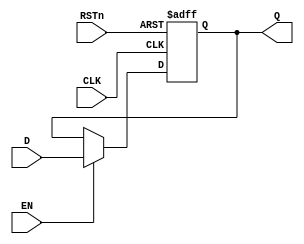
//-----------------------------------------------------------------------------
// The confidential and proprietary information contained in this file may
// only be used by a person authorised under and to the extent permitted
// by a subsisting licensing agreement from ARM Limited.
//
//            (C) COPYRIGHT 2012-2013 ARM Limited.
//                ALL RIGHTS RESERVED
//
// This entire notice must be reproduced on all copies of this file
// and copies of this file may only be made by a person if such person is
// permitted to do so under the terms of a subsisting license agreement
// from ARM Limited.
//
//   Checked In : $Date: 2013-03-27 10:42:39 +0000 (Wed, 27 Mar 2013) $
//   Revision   : $Revision: 242361 $
//   Release    : Cortex-M System Design Kit-r1p0-01rel0
//
//-----------------------------------------------------------------------------
// Verilog-2001 (IEEE Std 1364-2001)
//-----------------------------------------------------------------------------

//-----------------------------------------------------------------------------
// CDC launch flop
//-----------------------------------------------------------------------------

// Cell implementing a D-type enabled flop with guaranteed electrically stable
// output when clocked but not enabled (i.e. an actual implementation may want
// to use a clock gate feeding a D-type here) or clocked and enabled but not
// changing logic value.

module cmsdk_ahb_to_ahb_apb_async_launch #(
      parameter WIDTH = 32
   ) (
      input  wire             CLK,
      input  wire             RSTn,
      input  wire             EN,
      input  wire [WIDTH-1:0] D,
      output wire [WIDTH-1:0] Q
   );

   // --------
   // Clock enabled D-type register.

   reg [WIDTH-1:0] q_q;

   always @(posedge CLK or negedge RSTn)
      if(~RSTn)
         q_q <= 1'b0;
      else if(EN)
         q_q <= D;

   assign Q = q_q;

endmodule

// ----------------------------------------------------------------------------
// EOF
// ----------------------------------------------------------------------------